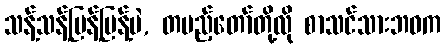
သန့်သန့်ပြန့်ပြန့်ပဲ, တပည့်တော်တို့လို စာသင်သားဘဝက